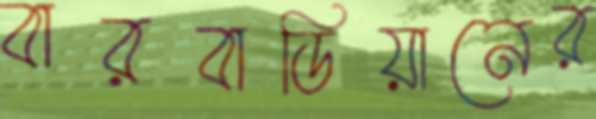
বারবাডিয়ানের